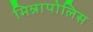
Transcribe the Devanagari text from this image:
मिन्नापोलिस